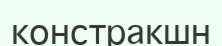
констракшн